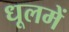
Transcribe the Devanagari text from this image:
धूलमें